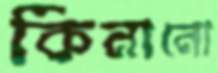
কিনানো